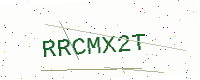
Text: RRCMX2T